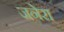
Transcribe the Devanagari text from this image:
जनेरा